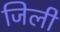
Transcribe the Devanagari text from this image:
जिली